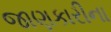
જાણકારીના